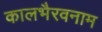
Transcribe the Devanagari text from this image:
कालभैरवनाम